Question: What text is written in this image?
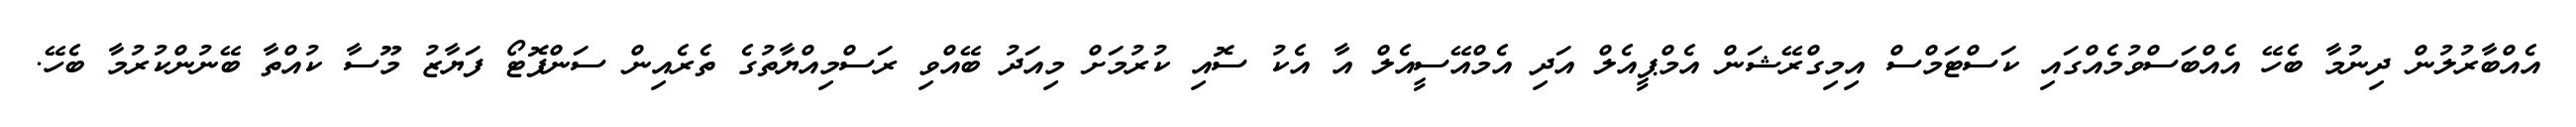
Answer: އެއްބާރުލުން ދިނުމާ ބެހޭ އެއްބަސްވުމެއްގައި ކަސްޓަމްސް އިމިގްރޭޝަން އެމްޕީއެލް އަދި އެމްއޭސީއެލް އާ އެކު ސޮއި ކުރުމަށް މިއަދު ބޭއްވި ރަސްމިއްޔާތުގެ ތެރެއިން ސަންފޮޓޯ ފަޔާޒު މޫސާ ކުއްތާ ބޭނުންކުރުމާ ބެހޭ.